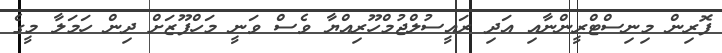
ފޮރިން މިނިސްޓްރީންނާއި އަދި ރައީސުލްޖުމްހޫރިއްޔާ ވެސް ވަނީ މަހްފޫޒަށް ދިން ހަމަލާ މީގެ